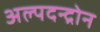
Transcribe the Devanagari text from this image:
अल्पदन्द्रोन